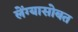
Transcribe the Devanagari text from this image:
लेंग्यासोबत